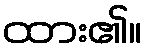
ထား၏။